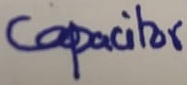
Text: Capacitor